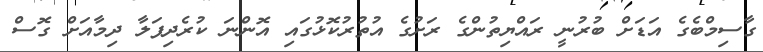
ގާސިމްބެގެ އަޑަށް ބުރުނީ ރައްޔިތުންގެ ރަށުގެ އުތުރުކޮޅުގައި އޮންނަ ކުރެދިފަލާ ދިމާއަށް ގޮސް